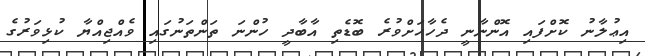
އިޢުލާނު ކޮށްފައި އޮންނާނީ ދެހާހަށްވުރެ ބޮޑެތި އާބާދީ ހުންނަ ތަންތަނުގައި ވެއްޖިއްޔާ ކުޅިވަރުގެ